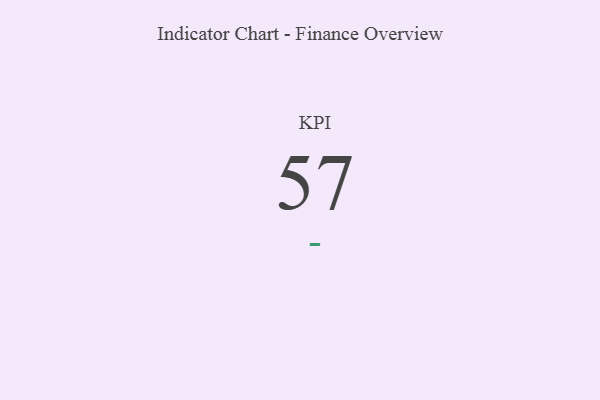
{"axis": {"x": "KPI", "y": "Value"}, "legend": [""], "data": [{"x": "KPI", "y": 57, "type": ""}]}